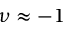
\nu \approx - 1